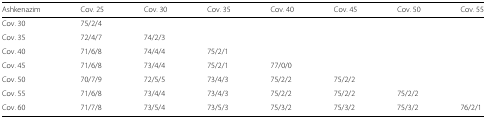
<table><thead><tr><td><b>Ashkenazim</b></td><td><b>Cov. 25</b></td><td><b>Cov. 30</b></td><td><b>Cov. 35</b></td><td><b>Cov. 40</b></td><td><b>Cov. 45</b></td><td><b>Cov. 50</b></td><td><b>Cov. 55</b></td></tr></thead><tbody><tr><td>Cov. 30</td><td>75/2/4</td><td></td><td></td><td></td><td></td><td></td><td></td></tr><tr><td>Cov. 35</td><td>72/4/7</td><td>74/2/3</td><td></td><td></td><td></td><td></td><td></td></tr><tr><td>Cov. 40</td><td>71/6/8</td><td>74/4/4</td><td>75/2/1</td><td></td><td></td><td></td><td></td></tr><tr><td>Cov. 45</td><td>71/6/8</td><td>73/4/4</td><td>75/2/1</td><td>77/0/0</td><td></td><td></td><td></td></tr><tr><td>Cov. 50</td><td>70/7/9</td><td>72/5/5</td><td>73/4/3</td><td>75/2/2</td><td>75/2/2</td><td></td><td></td></tr><tr><td>Cov. 55</td><td>71/6/8</td><td>73/4/4</td><td>73/4/3</td><td>75/2/2</td><td>75/2/2</td><td>75/2/2</td><td></td></tr><tr><td>Cov. 60</td><td>71/7/8</td><td>73/5/4</td><td>73/5/3</td><td>75/3/2</td><td>75/3/2</td><td>75/3/2</td><td>76/2/1</td></tr></tbody></table>